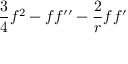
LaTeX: { \frac { 3 } { 4 } } f ^ { 2 } - f f ^ { \prime \prime } - { \frac { 2 } { r } } f f ^ { \prime }